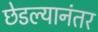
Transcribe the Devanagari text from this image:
छेडल्यानंतर